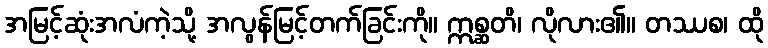
အမြင့်ဆုံးအလံကဲ့သို့ အလွန်မြင့်တက်ခြင်းကို။ ဣစ္ဆတိ၊ လိုလား၏။ တဿစ၊ ထို